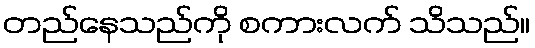
တည်နေသည်ကို စကားလက် သိသည်။